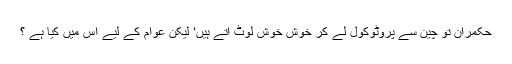
حکمران تو چین سے پروٹوکول لے کر خوش خوش لوٹ آتے ہیں‘ لیکن عوام کے لیے اس میں کیا ہے ؟